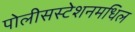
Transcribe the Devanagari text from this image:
पोलीसस्टेशनमधिल